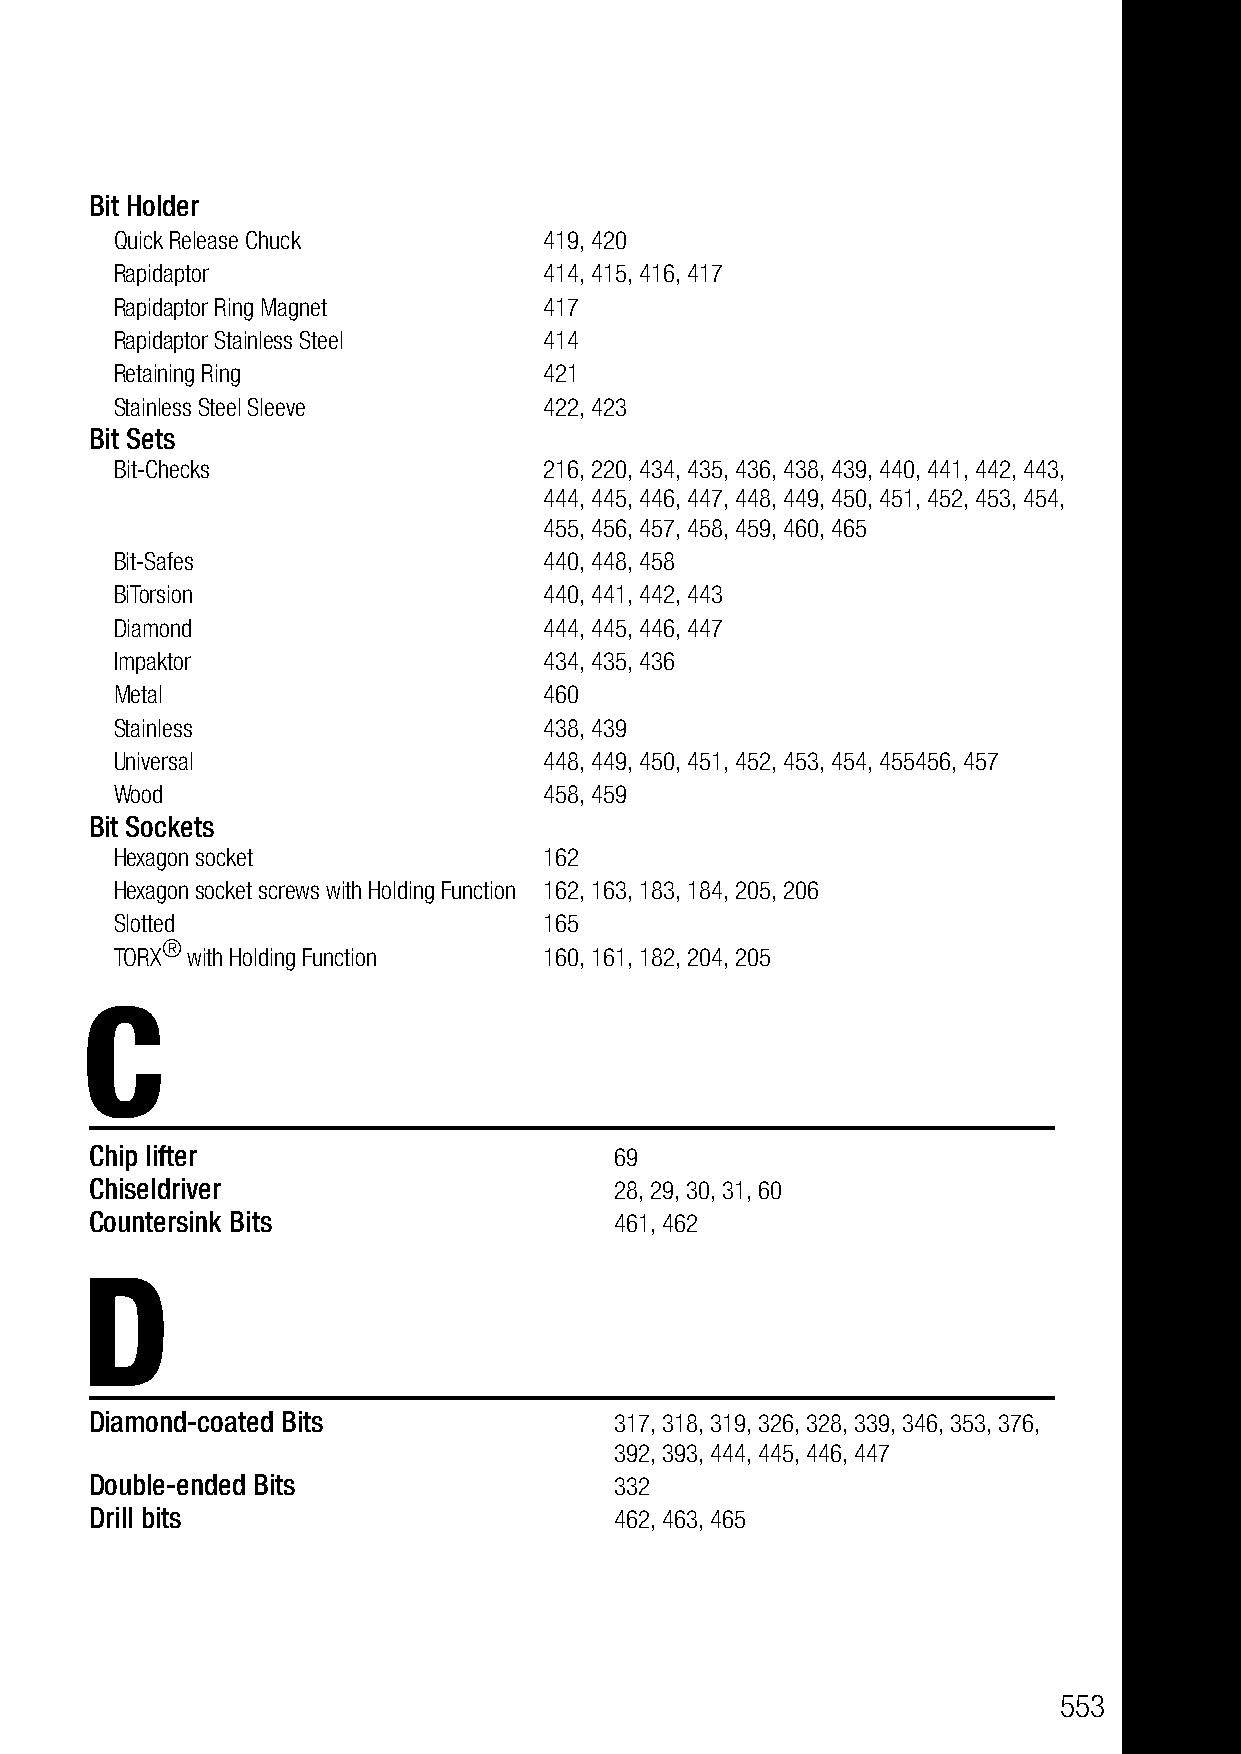
Bit Holder
 Quick Release Chuck         419, 420
 Rapidaptor                  414, 415, 416, 417
 Rapidaptor Ring Magnet      417
 Rapidaptor Stainless Steel  414
 Retaining Ring              421
 Stainless Steel Sleeve      422, 423
 Bit Sets
 Bit-Checks                  216, 220, 434, 435, 436, 438, 439, 440, 441, 442, 443,
 444, 445, 446, 447, 448, 449, 450, 451, 452, 453, 454,
 455, 456, 457, 458, 459, 460, 465
 Bit-Safes                   440, 448, 458
 BiTorsion                   440, 441, 442, 443
 Diamond                     444, 445, 446, 447
 Impaktor                    434, 435, 436
 Metal                       460
 Stainless                   438, 439
 Universal                   448, 449, 450, 451, 452, 453, 454, 455456, 457
 Wood                        458, 459
 Bit Sockets
 Hexagon socket              162
 Hexagon socket screws with Holding Function 162, 163, 183, 184, 205, 206
 Slotted                     165
 TORX®
 with Holding Function   160, 161, 182, 204, 205
 C
 Chip lifter                        69
 Chiseldriver                       28, 29, 30, 31, 60
 Countersink Bits                   461, 462
 D
 Diamond-coated Bits                317, 318, 319, 326, 328, 339, 346, 353, 376,
 392, 393, 444, 445, 446, 447
 Double-ended Bits                  332
 Drill bits                         462, 463, 465
 553